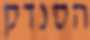
הסנדק